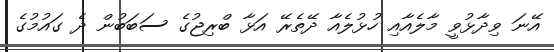
އޭނަ ވިދާޅުވީ މާލެއާއި ހުޅުލެއާ ދޭތެރޭ އަޅާ ބްރިޖުގެ ސަބަބުން ދެ ގައުމުގެ